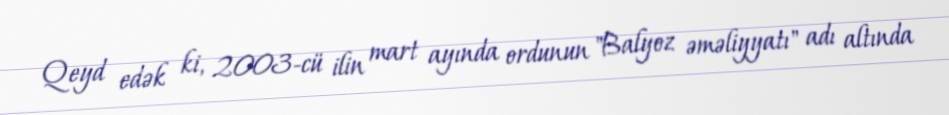
Qeyd edək ki, 2003-cü ilin mart ayında ordunun "Balyoz əməliyyatı" adı altında